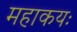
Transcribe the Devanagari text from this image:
महाकयः